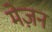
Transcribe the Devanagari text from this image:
मेज़न